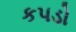
કપડો